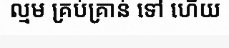
ល្មម គ្រប់គ្រាន់ ទៅ ហើយ